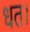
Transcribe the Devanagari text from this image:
धत।